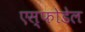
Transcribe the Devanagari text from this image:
एस्फोडेल